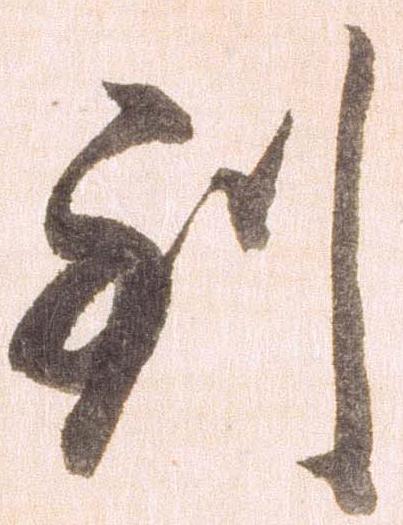
到